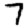
Digit: 7